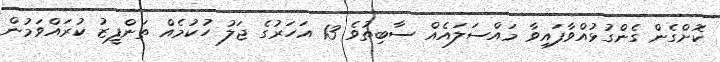
ކޮށްގެން ގެންގުޅުއްވާފައިވާ މައްސަލައެއް ސާބިތުވެ 13 އަހަރުގެ ޖަލު ހުކުމެއް ތަންފީޒު ކުރައްވަމުން